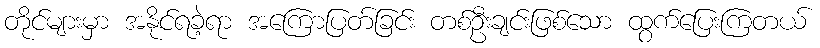
တိုင်များမှာ အနိုင်ရခဲ့ရာ အကြောပြတ်ခြင်း တစ်ဦးချင်းဖြစ်သော ထွက်ပြေးကြတယ်